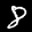
Label: 8